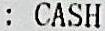
: CASH